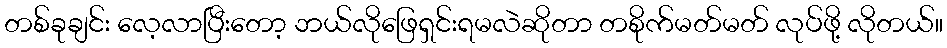
တစ်ခုချင်း လေ့လာပြီးတော့ ဘယ်လိုဖြေရှင်းရမလဲဆိုတာ တစိုက်မတ်မတ် လုပ်ဖို့ လိုတယ်။